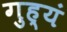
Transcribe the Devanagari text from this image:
गुह्यं